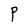
Character: P